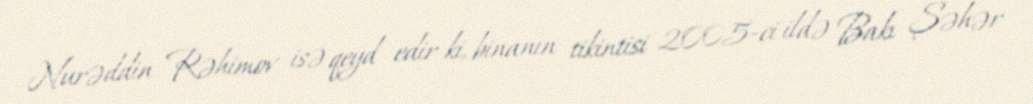
Nurəddin Rəhimov isə qeyd edir ki, binanın tikintisi 2005-ci ildə Bakı Şəhər